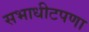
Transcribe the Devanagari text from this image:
सभाधीटपणा